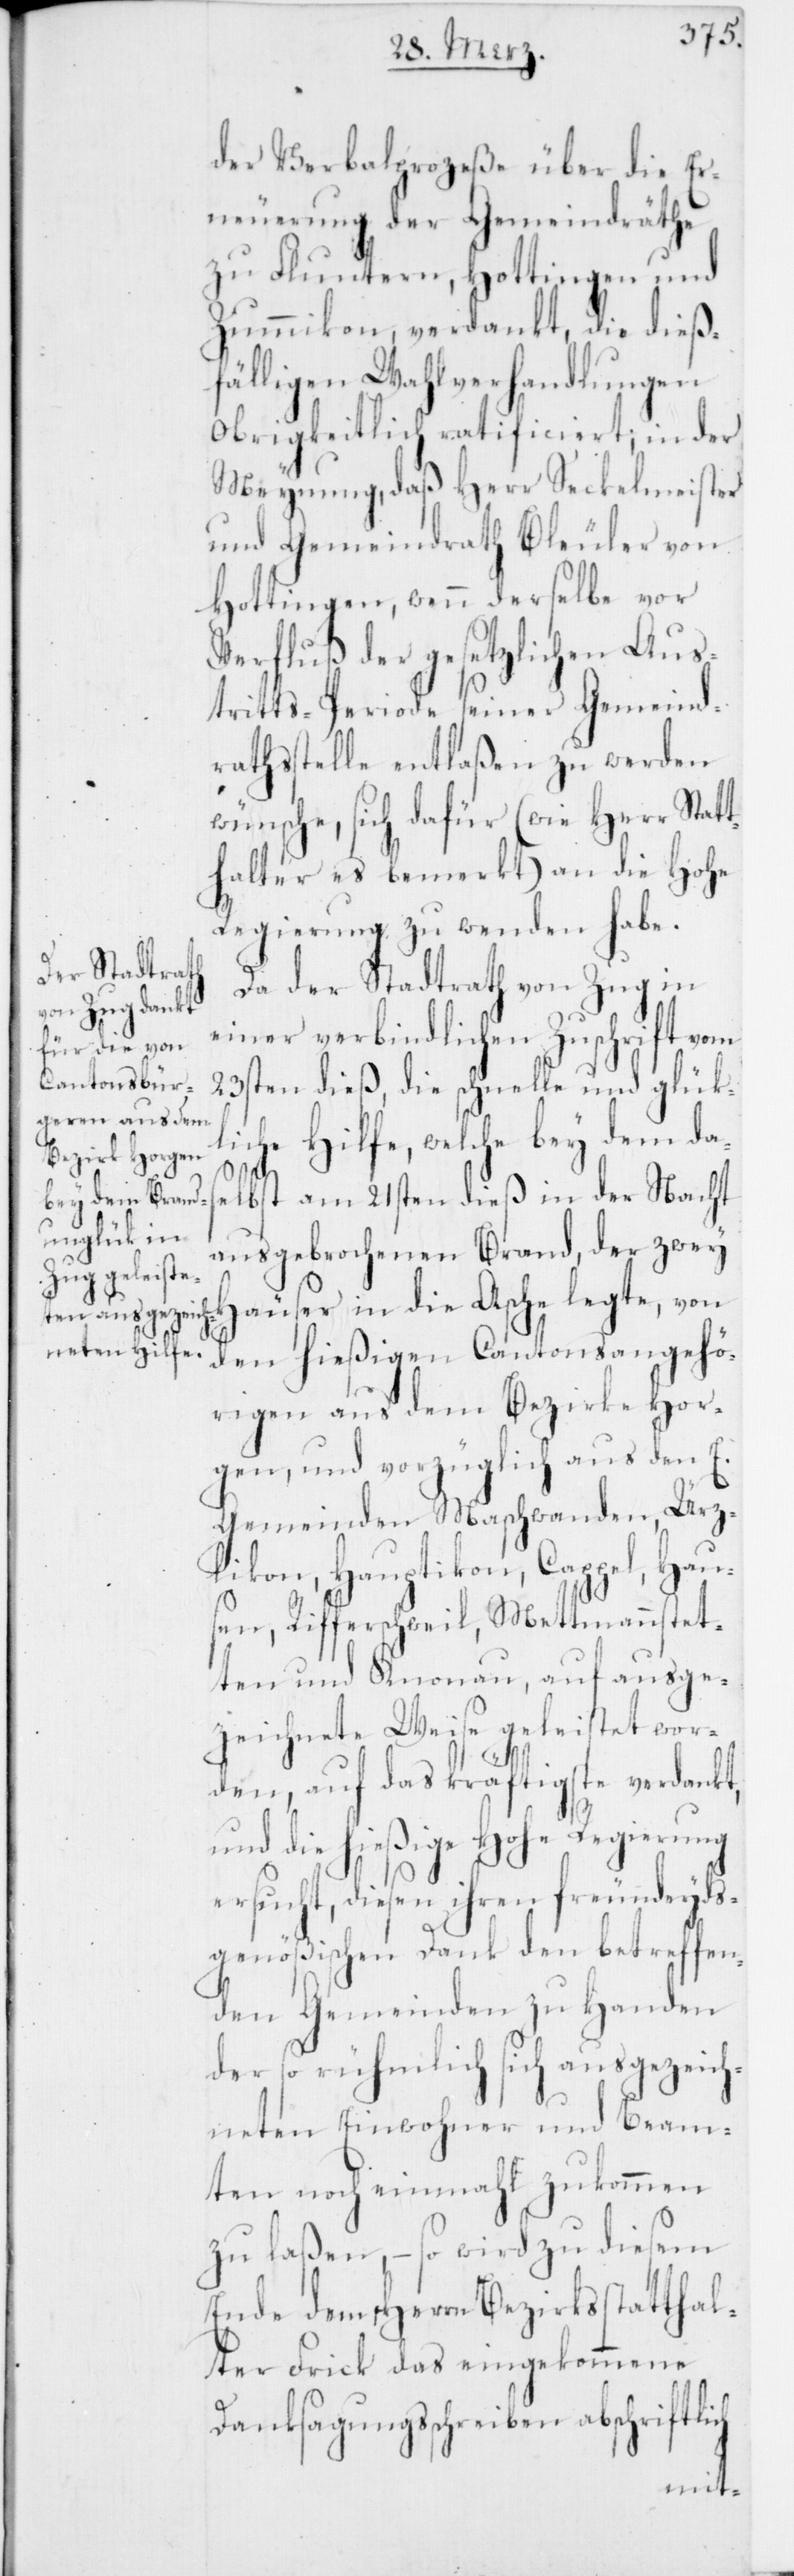
der Verbalprozeße über die Er¬
neuerung der Gemeindräthe
zu Fluntern, Hottingen und
Zummikon, verdankt, die dieß¬
fälligen Wahlverhandlungen
Obrigkeitlich ratificiert; in der
Meynung, daß Herr Seckelmeister
und Gemeindrath Bleuler von
Hottingen, wenn derselbe vor
Verfluß der gesetzlichen Aus¬
tritts-Periode seiner Gemeind¬
rathsstelle entlaßen zu werden
wünsche, sich dafür (wie Herr Stat¬
thalter es bemerkt) an die Hohe
Regierung zu wenden habe.
Da der Stadtrath von Zug in
einer verbindlichen Zuschrift vom
23sten dieß, die schnelle und glük¬
liche Hilfe, welche bey dem das¬
elbst am 21sten dieß in der Nacht
ausgebrochenen Brand, der zwey
den hießigen Cantonsangehö¬
rigen aus dem Bezirke Hor¬
gen, und vorzüglich aus den E.
Gemeinden Maschwanden, Ürz¬
likon, Hauptikon, Cappel, Haus¬
en, Rifferschweil, Mettmannstet¬
ten und Knonau, auf ausge¬
zeichnete Weise geleistet wor¬
den, auf das kräftigste verdankt,
und die hießige Hohe Regierung
ersucht, diesen ihren freundeyds¬
genößischen Dank den betreffen¬
den Gemeinden zu Handen
der so rühmlich sich ausgezeich¬
neten Einwohner und Beam¬
ten noch einmahl zukommen
zu laßen, – so wird zu diesem
Ende dem Herrn Bezirksstatthal¬
ter Frick das eingekommene
Danksagungsschreiben abschriftlich
in die